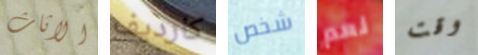
الاثاث كارديف شخص نعم وقت